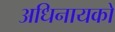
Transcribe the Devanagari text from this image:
अधिनायको